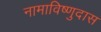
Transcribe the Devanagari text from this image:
नामाविष्णुदास